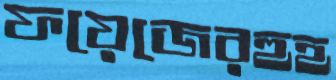
ফয়েজেরহুহ